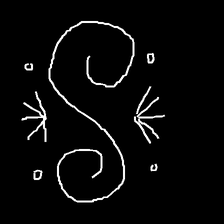
Glyph: aeroform